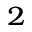
^ 2